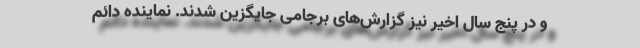
و در پنج سال اخیر نیز گزارش‌های برجامی جایگزین شدند. نماینده دائم